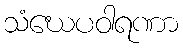
သံဃေပဝါရဏာ